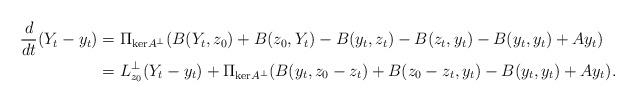
LaTeX: \begin{align*}\frac{d}{dt}(Y_t - y_t) &= \Pi_{\mathrm{ker}A^\perp}(B(Y_t,z_0) + B(z_0,Y_t) - B(y_t,z_t) - B(z_t,y_t) - B(y_t,y_t) + Ay_t) \\ & = L_{z_0}^{\perp}(Y_t-y_t) + \Pi_{\mathrm{ker}A^\perp}(B(y_t,z_0-z_t) + B(z_0-z_t,y_t) - B(y_t,y_t) + Ay_t).\end{align*}